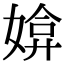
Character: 媕